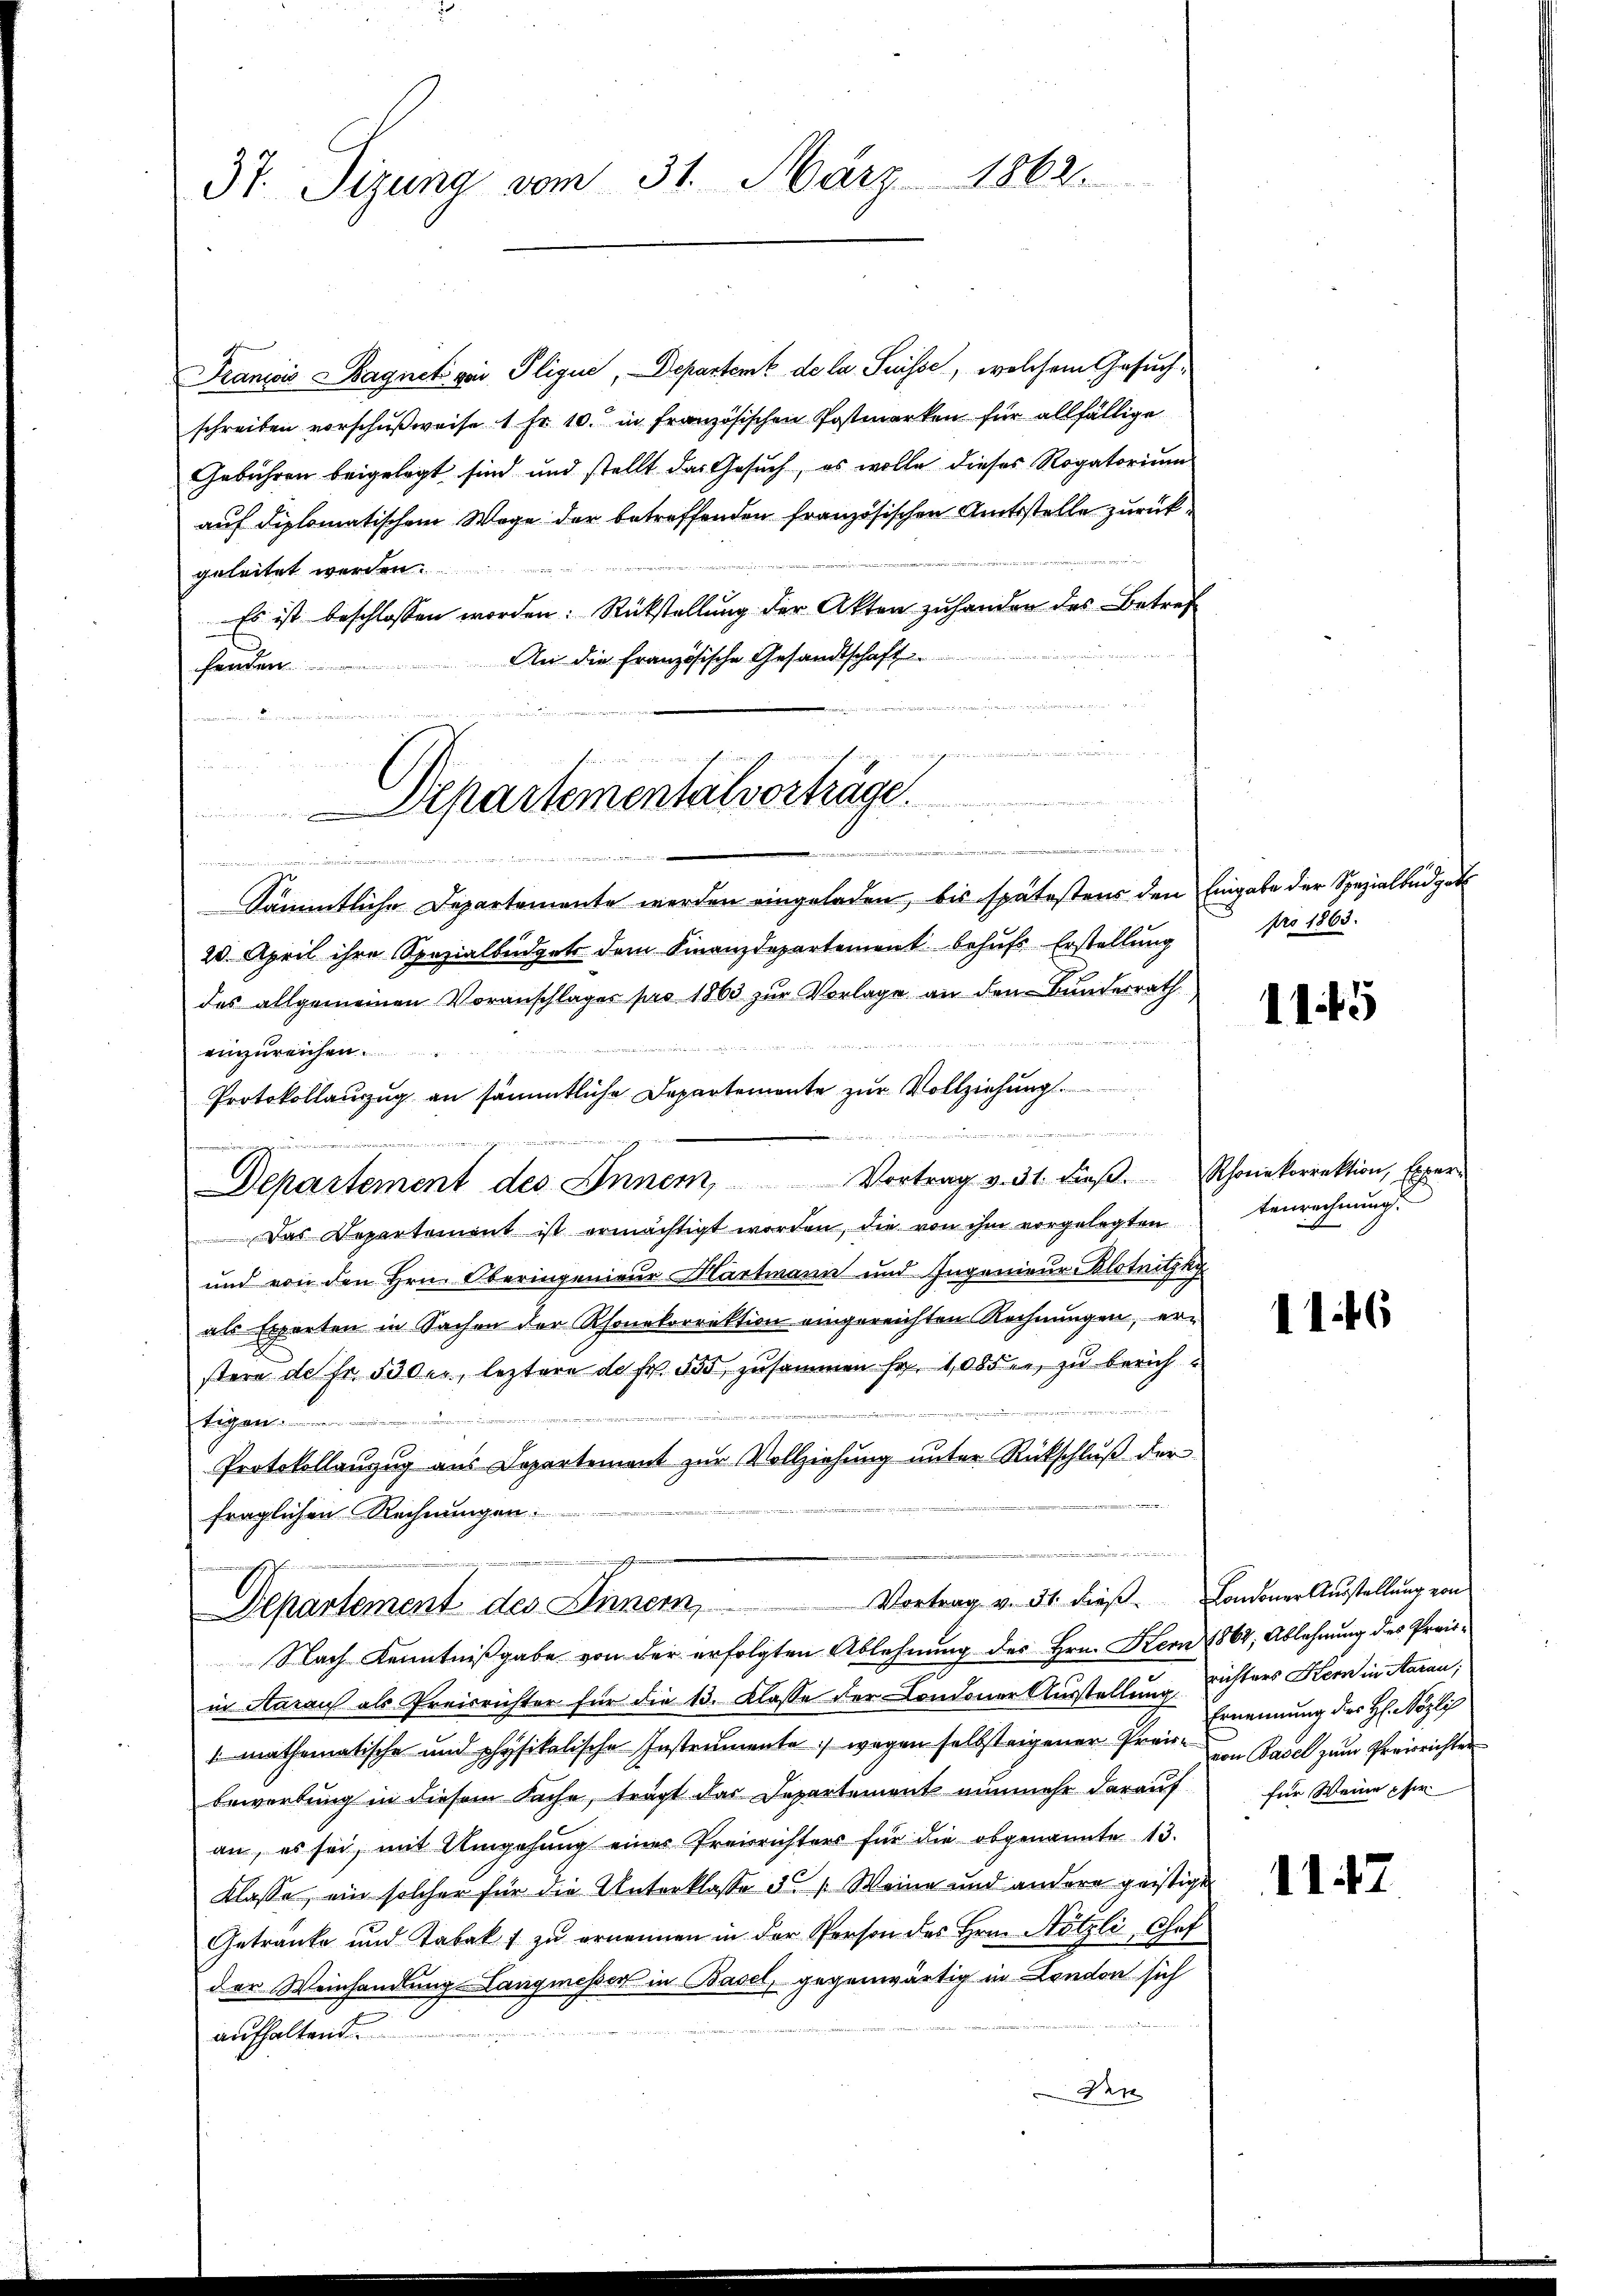
37 Tizung vom 31. März 1862.

Franzois Wagnet von Plique, Departent de la Suisse, welchem Gesuchschreiben vorschußweise 1 Fr. 10. in französischen Postmarken für allfällige
Gebühren beigelegt sind und stellt das Gesŭch, es wolle dieses Rogatoriŭm
auf diplomatischem Wege der betreffenden französischen Amtsstelle zurückgeleitet werden.
Es ist beschlossen worden: Rückstellung der Akten zuhanden des Betref
An die Französische Gesandtschaft
fender
e
Sämmtliche Departemente werden eingeladen, bis spätestens den Eingabe der Spezialbüdget
20. April ihre Spezialbüdgets dem Finanzdepartement behufs Erstellung
des allgemeinen Voranschlages pro 1863 zur Vorlage an den Bunderrath
einzureichen.
Protokollauzug an sämmtliche Departemente zur Vollziehung.

Departement des Inner, Vortrag v. 31. dieβ.  Schonekorrektion, Exper
Das Repartement ist ermächtigt worden, die von ihm vorgelegten
und von den Hrn. Oberingenieur Hartmann und Ingenieur Blotnitzky
als Experten in Sachen der Rhonetorrektion eingereichten Rechnungen, erstere de fr. 530er, leztere de fr. 555 zusammen fr. 100 die zu berichtigen
Protokollanzug aus Departement zur Vollziehung unter Rückschluß der
fraglichen Rechnungen:

u
Departementalverträge.
e
w
e
e

Vortrag v. 31. dieß Londoner Ausstellung von
Departement des Innem

pro 1863.

Nach Kenntnißgabe von der erfolgten Ablehnung des Hrn. Kern 1864, Ablehnung des Preisin Starau als Preisrichter für die 13. Klasse der Londoner Ausstellung richters Kern in Starau;
mathematische und physikalische Instrumente, wegen selbsteigener Preis von Basel zum Preisrichter
bewerbung in diesem Sache, trägt das Departement nunmehr darauf
an, es sei, mit Umgehung einer Preisrichters für die obgenannte 13.
klasse, ein solcher für die Unterklasse de Weine und andere geistigt
Getränke und Tabakt zu ernennen in der Person des Hrn. Nötzli, Chof
der Weinhandlung Langmesser in Basel, gegenwärtig in London sich
aufhaltend.
Bett

1145

tenrechnung.

146

1147

Ernennung des H. Nötzlich
für Weine pfer